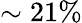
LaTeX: \sim 21\%